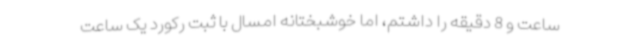
ساعت و 8 دقیقه را داشتم، اما خوشبختانه امسال با ثبت رکورد یک ساعت